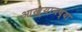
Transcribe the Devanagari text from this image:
आख्यानच्या